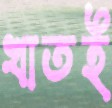
খাতই